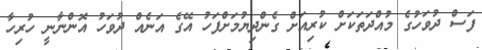
ފަސް ދުވަހުގެ މުއްދަތަކަށް ކުރިއަށް ގެންދިޔުމަށްފަހު އޭގެ އަނެއް ދުވަހު އޮންނާނީ ހުރިހާ